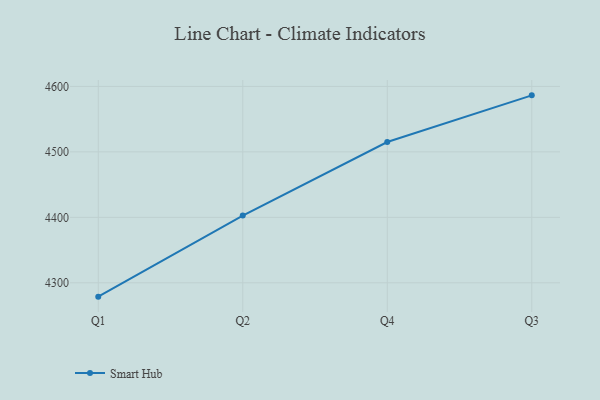
{"axis": {"x": "Quarter", "y": "LTV (USD)"}, "legend": ["Smart Hub"], "data": [{"x": "Q1", "y": 4278.9, "type": "Smart Hub"}, {"x": "Q2", "y": 4402.7, "type": "Smart Hub"}, {"x": "Q4", "y": 4515.0, "type": "Smart Hub"}, {"x": "Q3", "y": 4586.3, "type": "Smart Hub"}]}